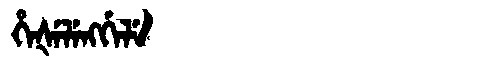
Manchu: ᡥᡝᡧᡝᠯᡝᠩᡤᡝᠯᡝ
Romanization: HEŠELENGGELE